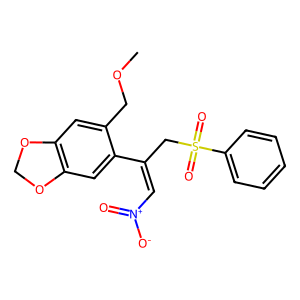
SMILES: COCc1cc2c(cc1C(=C[N+](=O)[O-])CS(=O)(=O)c1ccccc1)OCO2
Inhibits HIV replication: No